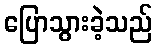
ပြောသွားခဲ့သည်